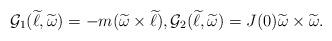
LaTeX: \begin{align*} \mathcal{G}_{1}( \widetilde \ell, \widetilde \omega) = - m (\widetilde \omega \times \widetilde \ell), \mathcal{G}_{2}( \widetilde \ell, \widetilde \omega) = J(0) \widetilde \omega \times \widetilde \omega.\end{align*}